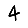
Digit: 4